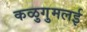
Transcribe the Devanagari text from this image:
कळुगुमलई